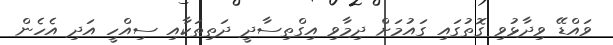
ވައްޑޭ ވިދާޅުވި ގޮތުގައި ގައުމަށް ދިމާވި އިގްތިސާދީ ދަތިތަކާއި ސިއްހީ އަދި އެހެން